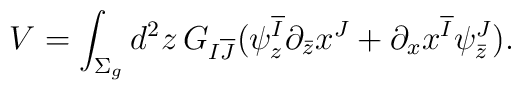
V=\int_{\Sigma_g} d^2z\, G_{I {\overline J}} ( \psi_z^{\overline I}\partial_{\bar z} x^J + \partial_x x^{\overline I} \psi_{\bar z}^J).